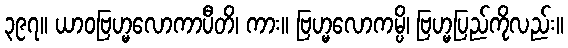
၃၉၇။ ယာဝဗြဟ္မလောကာပီတိ၊ ကား။ ဗြဟ္မလောကမ္ပိ၊ ဗြဟ္မပြည်ကိုလည်း။